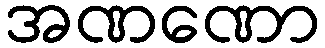
အဏဏော